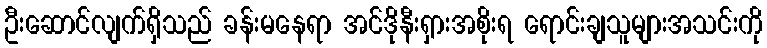
ဦးဆောင်လျက်ရှိသည် ခန်းမနေရာ အင်ဒိုနီးရှားအစိုးရ ရောင်းချသူများအသင်းကို